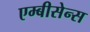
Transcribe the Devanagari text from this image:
एम्बीसेन्स